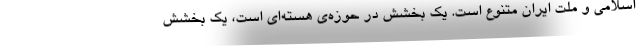
اسلامی و ملت ایران متنوع است. یک بخشش در حوزه‌ی هسته‌ای است، یک بخشش